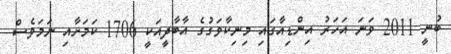
ބުނީ 2011 ވަނަ އަހަރު އިންޑިއާގައި މިނިކާވަގުގެ އާބާދީއަކީ 1706 ކަމަށާއި ނަމަވެސް